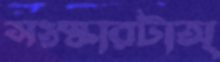
সংস্কারটাঅ্